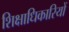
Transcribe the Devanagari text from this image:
शिक्षाधिकारियों